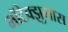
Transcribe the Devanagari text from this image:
मॉटेक्झुमास